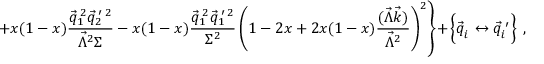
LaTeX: \left. + x ( 1 - x ) \frac { \vec { q } _ { 1 } ^ { \: 2 } \vec { q } _ { 2 } ^ { \: \prime \: 2 } } { \vec { \Lambda } ^ { 2 } \Sigma } - x ( 1 - x ) \frac { \vec { q } _ { 1 } ^ { \: 2 } \vec { q } _ { 1 } ^ { \: \prime \: 2 } } { \Sigma ^ { 2 } } \left( 1 - 2 x + 2 x ( 1 - x ) \frac { ( \vec { \Lambda } \vec { k } ) } { \vec { \Lambda } ^ { 2 } } \right) ^ { 2 } \right\} + \left\{ \vec { q } _ { i } ^ { ~ } \leftrightarrow \vec { q } _ { i } ^ { \: \prime } \phantom { \frac { . } { . } } \! \! \right\} ~ ,